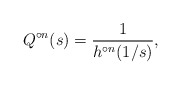
\begin{align*}Q^{\circ n}(s)=\dfrac{1}{h^{\circ n}(1/s)},\end{align*}